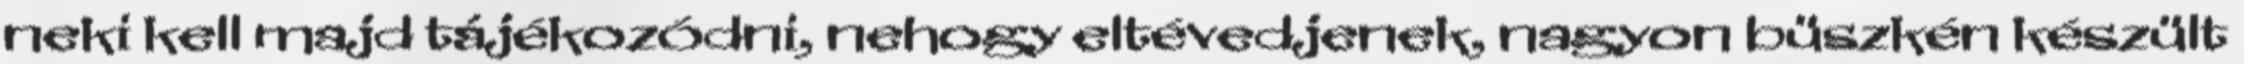
neki kell majd tájékozódni, nehogy eltévedjenek, nagyon büszkén készült